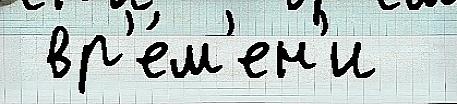
 вр'е́м'ен'и